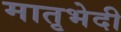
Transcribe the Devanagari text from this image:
मातृभेदी